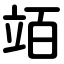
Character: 竡